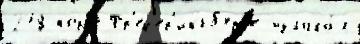
278 порт Фр'ед'ер'иксб'ерг'е излага́л